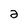
Character: 2